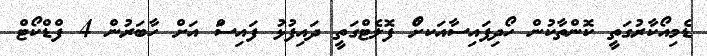
ޑެމިއޯކާރުގަތީ ކޮންތާކުން ހޯދިފައިސާއަކށްޯ ފޮލެޓްގަތީ ދައިފުޅު ފައިސަް އަށް ހާބަރުން 4 ފްޑްކޯޓް